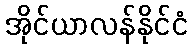
အိုင်ယာလန်နိုင်ငံ